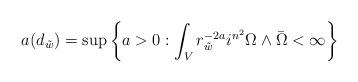
LaTeX: \begin{align*}a(d_{\tilde{w}})=\sup\left\{a>0:\int_{V} r_{\tilde{w}}^{-2a} i^{n^2}\Omega\wedge\bar \Omega<\infty\right\}\end{align*}